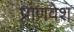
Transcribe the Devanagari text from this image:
प्राणवेश